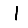
Digit: 1